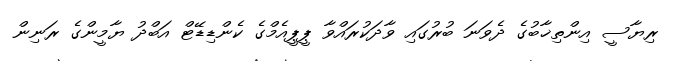
ރިޔާސީ އިންތިޚާބުގެ ދެވަނަ ބުރުގައި ވާދަކުރައްވާ ޕީޕީއެމްގެ ކެންޑިޑޭޓް އަބްދު ޔާމީންގެ ރަނިން